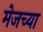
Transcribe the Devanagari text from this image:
मेजच्या